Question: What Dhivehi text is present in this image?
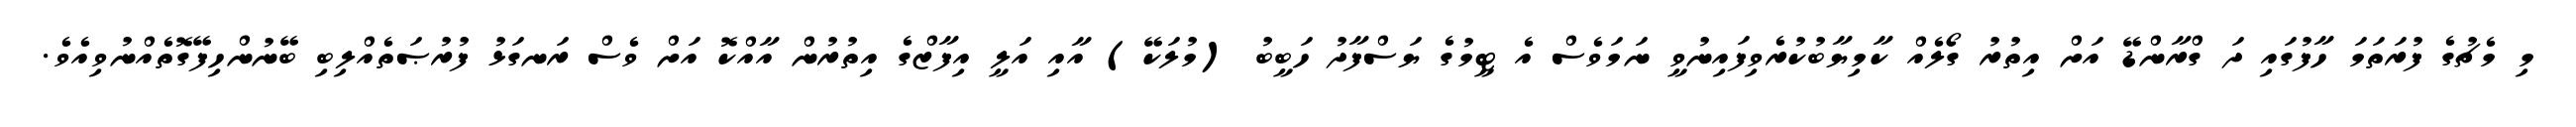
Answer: މި މެޗުގެ ފުރަތަމަ ހާފުގައި ދަ ގްރާންޑޭ އަށް އިތުރު ގޯލެއް ކާމިޔާބުކުރެވިފައިނުވީ ނަމަވެސް އެ ޓީމުގެ ޔަސްފާދު ހަބީބު (މުލަކޭ) އާއި އަލީ އިފާޒްގެ އިތުރުން އާއްކޮ އަށް ވެސް ރަނގަޅު ފުރުޞަތެއްލިބި ބޭނުންހިފޭގޮތެއްނުވިއެވެ.